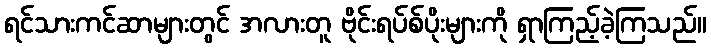
ရင်သားကင်ဆာများတွင် အလားတူ ဗိုင်းရပ်စ်ပိုးများကို ရှာကြည့်ခဲ့ကြသည်။